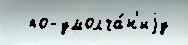
  по-умолча́н'иjу